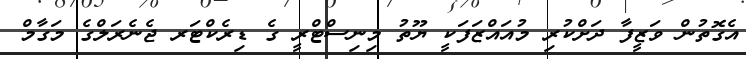
އެގޮތުން ވަޒީފާ ދަށްކުރި މުއައްޒަފަކީ ޔޫތު މިނިސްޓްރީ ގެ ޑިރެކްޓަރ ޖެނެރަލްގެ މަގާމް